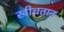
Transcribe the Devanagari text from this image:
खीचतान